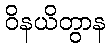
ဝိနယိတွာန